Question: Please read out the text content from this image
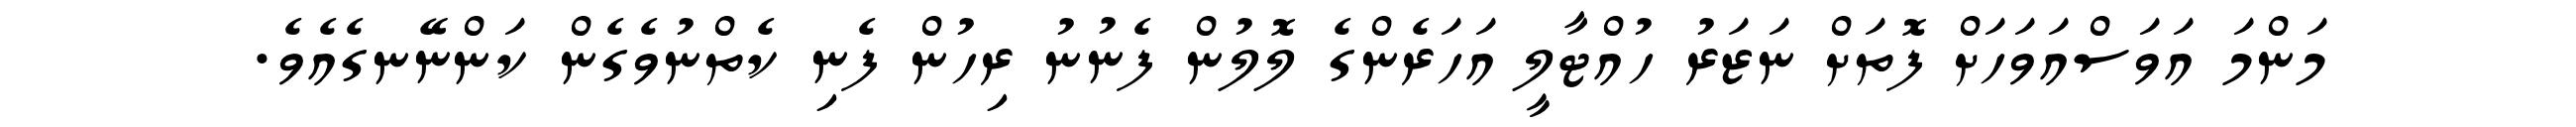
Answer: މަންމަ އަވަސްއަވަހަށް ފޮތަށް ނަޒަރު ހުއްޓާލީ އަހަރެންގެ ލޮލުން ފެނުނު ރިހުން ފެނި ކެތްނުވެގެން ކަންނޭނގެއެވެ.